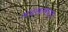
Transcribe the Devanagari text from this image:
अदखलपात्र